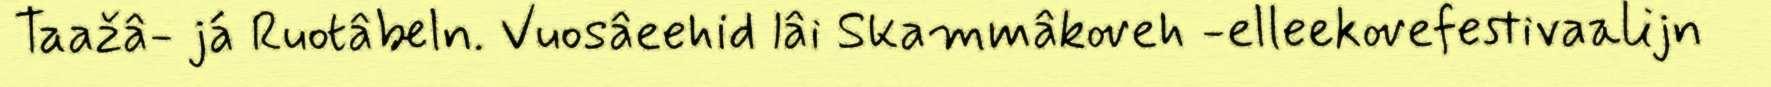
Taažâ- já Ruotâbeln. Vuosâeehid lâi Skammâkoveh -elleekovefestivaalijn